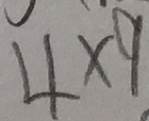
4 \times 9